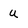
Character: u